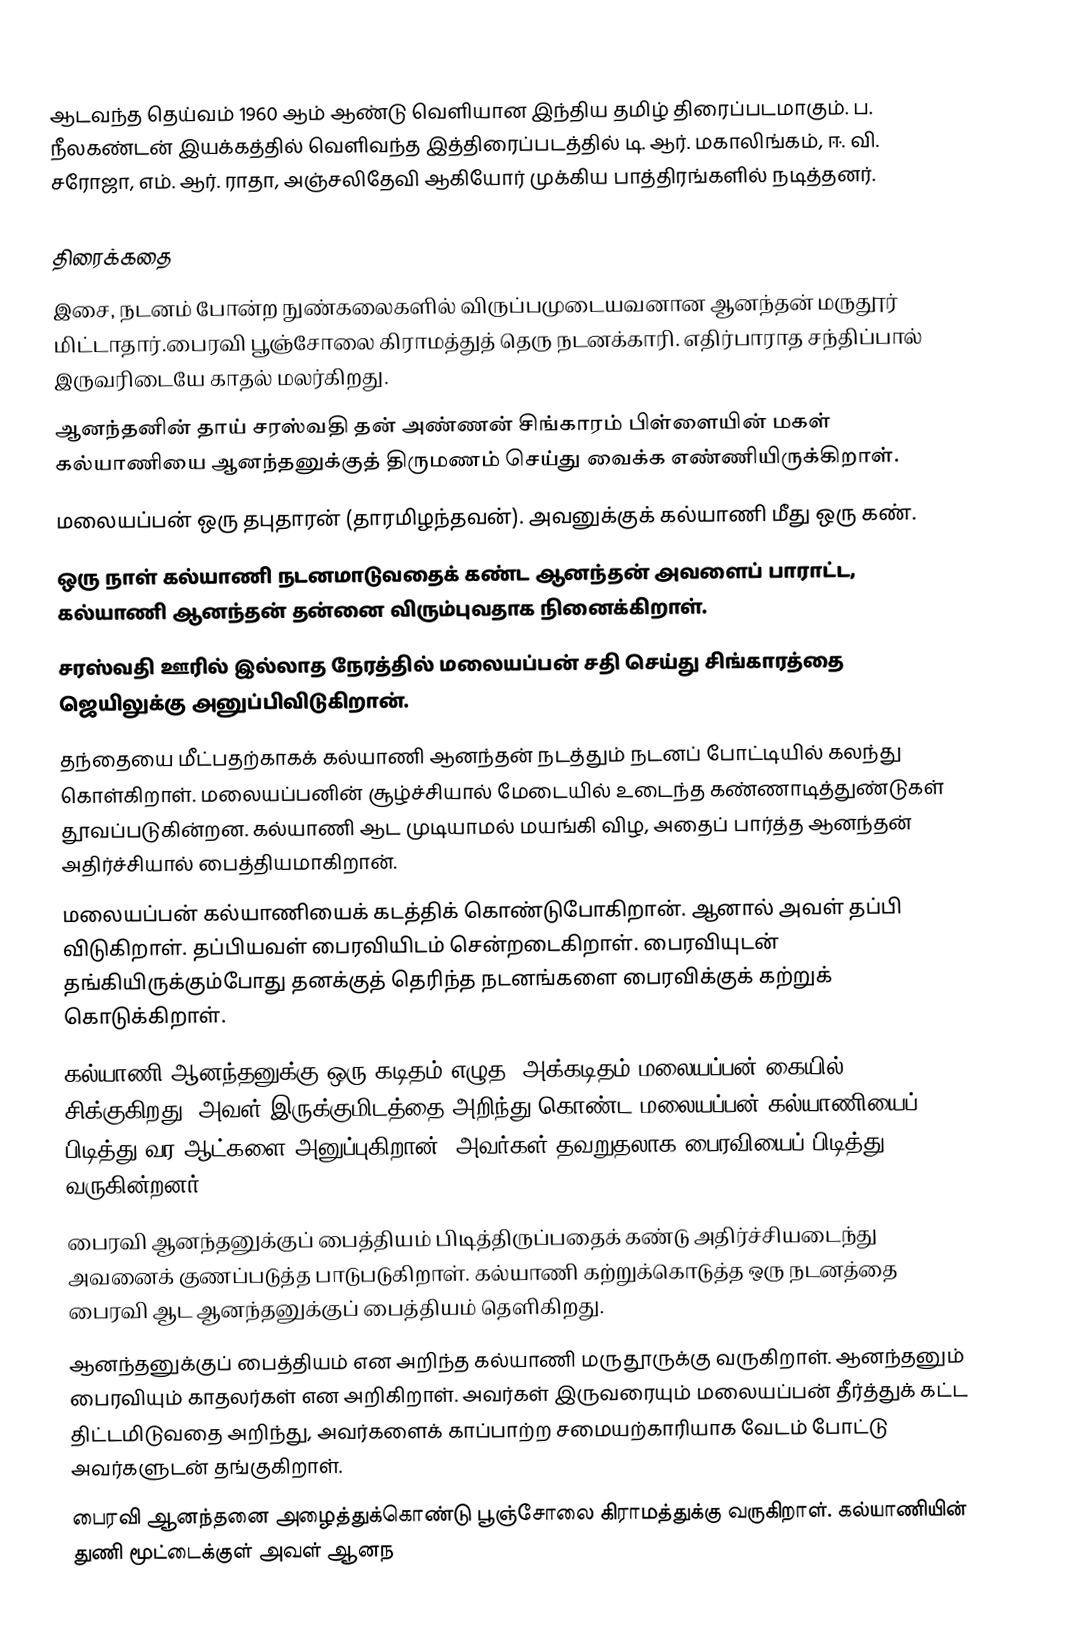
ஆடவந்த தெய்வம் 1960 ஆம் ஆண்டு வெளியான இந்திய தமிழ் திரைப்படமாகும். ப. நீலகண்டன் இயக்கத்தில் வெளிவந்த இத்திரைப்படத்தில் டி. ஆர். மகாலிங்கம், ஈ. வி. சரோஜா, எம். ஆர். ராதா, அஞ்சலிதேவி ஆகியோர் முக்கிய பாத்திரங்களில் நடித்தனர்.

திரைக்கதை
இசை, நடனம் போன்ற நுண்கலைகளில் விருப்பமுடையவனான ஆனந்தன் மருதூர் மிட்டாதார்.பைரவி பூஞ்சோலை கிராமத்துத் தெரு நடனக்காரி. எதிர்பாராத சந்திப்பால் இருவரிடையே காதல் மலர்கிறது.
ஆனந்தனின் தாய் சரஸ்வதி தன் அண்ணன் சிங்காரம் பிள்ளையின் மகள் கல்யாணியை ஆனந்தனுக்குத் திருமணம் செய்து வைக்க எண்ணியிருக்கிறாள்.
மலையப்பன் ஒரு தபுதாரன் (தாரமிழந்தவன்). அவனுக்குக் கல்யாணி மீது ஒரு கண்.
ஒரு நாள் கல்யாணி நடனமாடுவதைக் கண்ட ஆனந்தன் அவளைப் பாராட்ட, கல்யாணி ஆனந்தன் தன்னை விரும்புவதாக நினைக்கிறாள்.
சரஸ்வதி ஊரில் இல்லாத நேரத்தில் மலையப்பன் சதி செய்து சிங்காரத்தை ஜெயிலுக்கு அனுப்பிவிடுகிறான்.
தந்தையை மீட்பதற்காகக் கல்யாணி ஆனந்தன் நடத்தும் நடனப் போட்டியில் கலந்து கொள்கிறாள். மலையப்பனின் சூழ்ச்சியால் மேடையில் உடைந்த கண்ணாடித்துண்டுகள் தூவப்படுகின்றன. கல்யாணி ஆட முடியாமல் மயங்கி விழ, அதைப் பார்த்த ஆனந்தன் அதிர்ச்சியால் பைத்தியமாகிறான்.
மலையப்பன் கல்யாணியைக் கடத்திக் கொண்டுபோகிறான். ஆனால் அவள் தப்பி விடுகிறாள். தப்பியவள் பைரவியிடம் சென்றடைகிறாள். பைரவியுடன் தங்கியிருக்கும்போது தனக்குத் தெரிந்த நடனங்களை பைரவிக்குக் கற்றுக் கொடுக்கிறாள்.
கல்யாணி ஆனந்தனுக்கு ஒரு கடிதம் எழுத, அக்கடிதம் மலையப்பன் கையில் சிக்குகிறது. அவள் இருக்குமிடத்தை அறிந்து கொண்ட மலையப்பன் கல்யாணியைப் பிடித்து வர ஆட்களை அனுப்புகிறான். அவர்கள் தவறுதலாக பைரவியைப் பிடித்து வருகின்றனர்.
பைரவி ஆனந்தனுக்குப் பைத்தியம் பிடித்திருப்பதைக் கண்டு அதிர்ச்சியடைந்து அவனைக் குணப்படுத்த பாடுபடுகிறாள். கல்யாணி கற்றுக்கொடுத்த ஒரு நடனத்தை பைரவி ஆட ஆனந்தனுக்குப் பைத்தியம் தெளிகிறது.
ஆனந்தனுக்குப் பைத்தியம் என அறிந்த கல்யாணி மருதூருக்கு வருகிறாள். ஆனந்தனும் பைரவியும் காதலர்கள் என அறிகிறாள். அவர்கள் இருவரையும் மலையப்பன் தீர்த்துக் கட்ட திட்டமிடுவதை அறிந்து, அவர்களைக் காப்பாற்ற சமையற்காரியாக வேடம் போட்டு அவர்களுடன் தங்குகிறாள்.
பைரவி ஆனந்தனை அழைத்துக்கொண்டு பூஞ்சோலை கிராமத்துக்கு வருகிறாள்.  கல்யாணியின் துணி மூட்டைக்குள் அவள் ஆனந